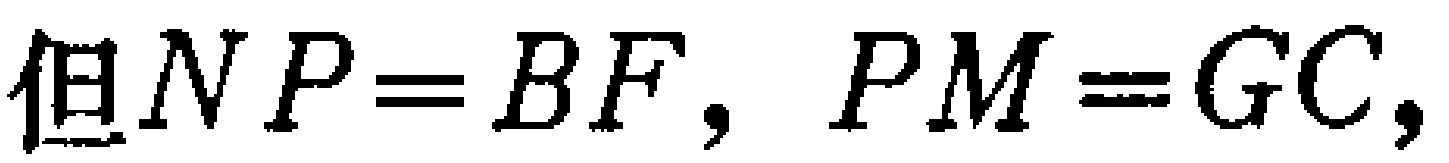
但$NP = BF,PM = GC,$